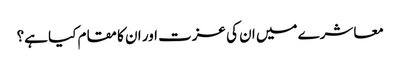
معاشرے میں ان کی عزت اور ان کا مقام کیا ہے؟